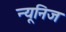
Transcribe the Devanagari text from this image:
न्यूनिज